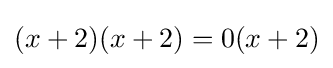
(x+2)(x+2)=0(x+2)